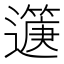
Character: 𨘟